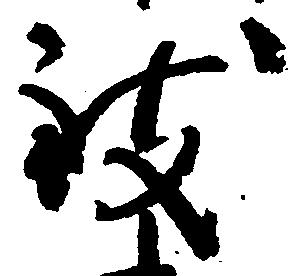
致